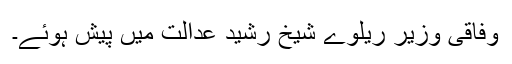
وفاقی وزیر ریلوے شیخ رشید عدالت میں پیش ہوئے۔